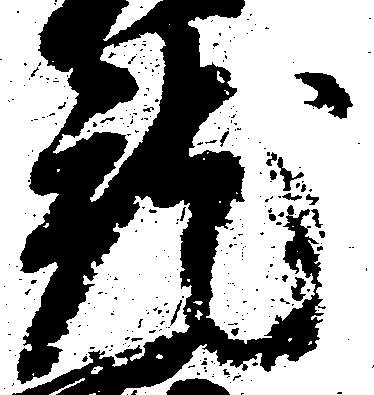
就